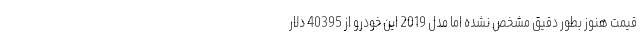
قیمت هنوز بطور دقیق مشخص نشده اما مدل 2019 این خودرو از 40395 دلار